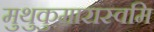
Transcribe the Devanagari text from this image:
मुथुकुमारास्वमि